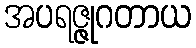
အပရဇ္ဇုဂတာယ